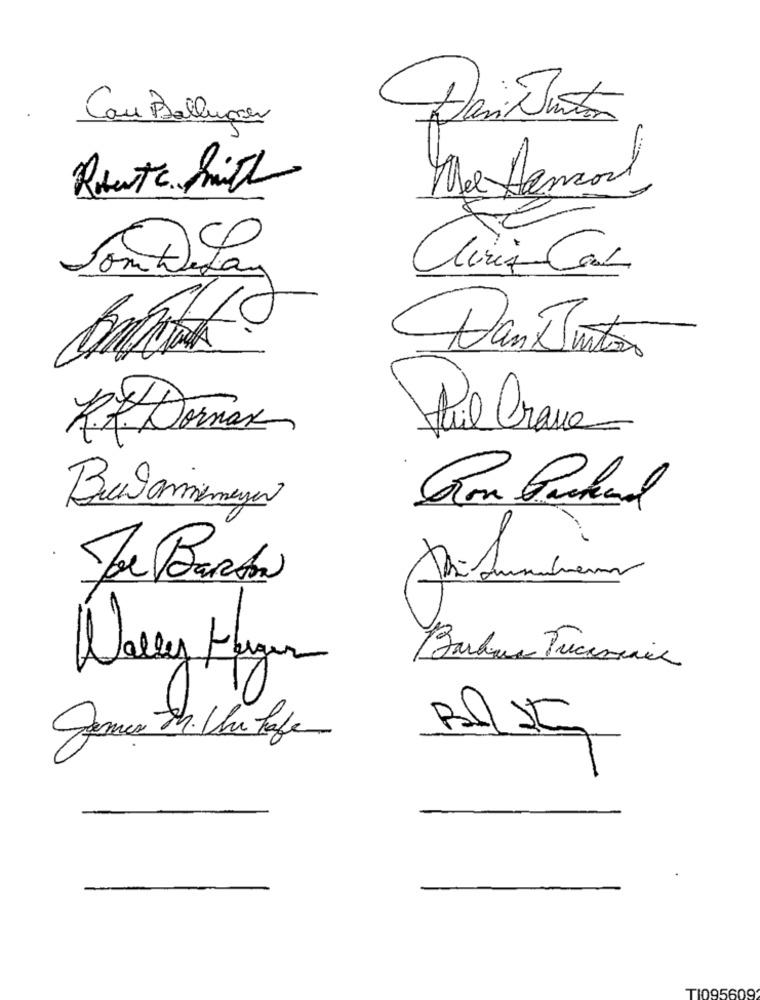
Cau Bolluper
Robert frith
Mol Hamcord
Som DeLau
Dan Juntos
RF. Domax
Pal Grave
Bulamanegen
Du Bach
Wally Fanger
BILIC
TI095609